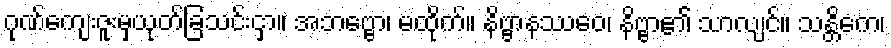
ဂုဏ်ကျေးဇူးမှယုတ်ခြသင်းငှာ။ အဘဗ္ဗော၊ မထိုက်။ နိဗ္ဗာနဿေဝ၊ နိဗ္ဗာ၏ သာလျင်။ သန္တိကေ၊